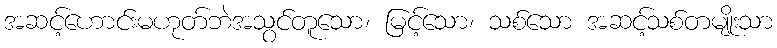
အဆင့်ဟောင်းမဟုတ်ဘဲအသွင်တူသော၊ မြင့်သော၊ သစ်သော အဆင့်သစ်တမျိုးသာ